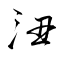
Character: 沑